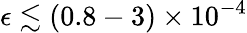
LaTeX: \epsilon\lesssim(0.8-3)\times 10^{-4}